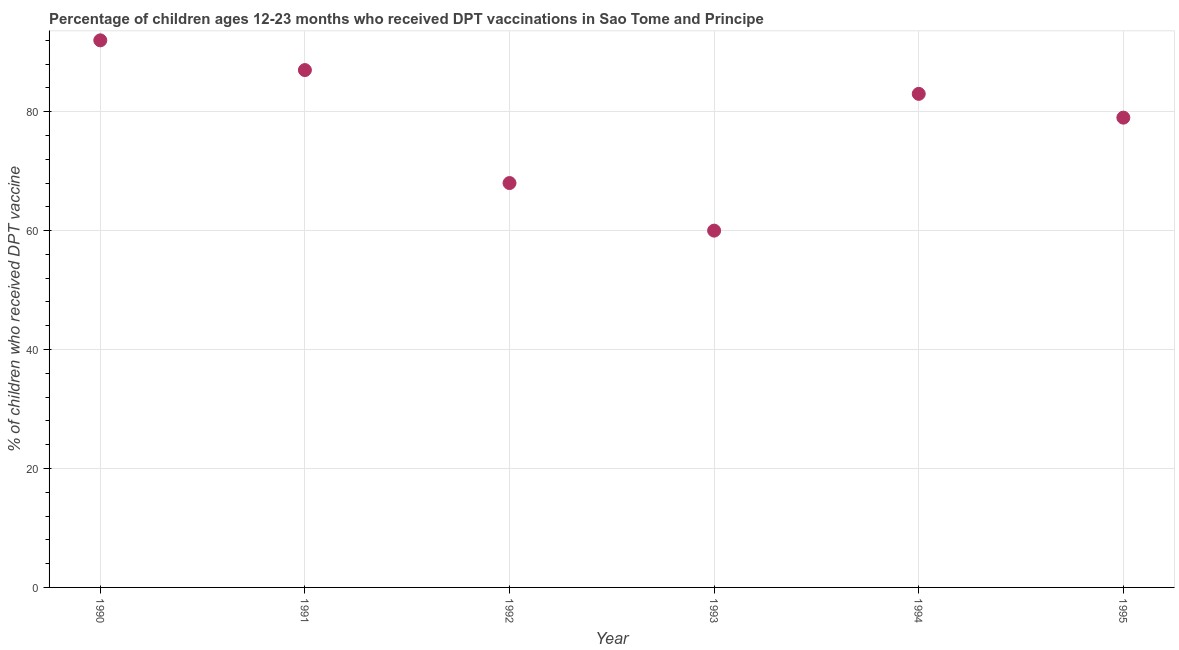
| Year | Immunization |
 | --- | --- |
 | 1990 | 92 |
 | 1991 | 87 |
 | 1992 | 68 |
 | 1993 | 60 |
 | 1994 | 83 |
 | 1995 | 79 |